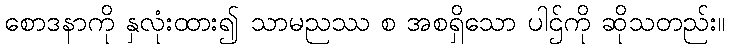
စောဒနာကို နှလုံးထား၍ သာမညဿ စ အစရှိသော ပါဌ်ကို ဆိုသတည်း။